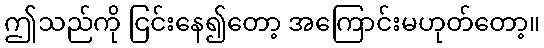
ဤသည်ကို ငြင်းနေ၍တော့ အကြောင်းမဟုတ်တော့။